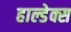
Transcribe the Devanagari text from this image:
हाल्डेक्स